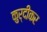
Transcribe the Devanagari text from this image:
कुर्दीकर